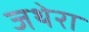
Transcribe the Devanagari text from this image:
जथेरा